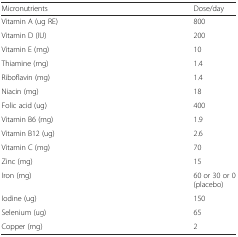
<table><thead><tr><td><b>Micronutrients</b></td><td><b>Dose/day</b></td></tr></thead><tbody><tr><td>Vitamin A (ug RE)</td><td>800</td></tr><tr><td>Vitamin D (IU)</td><td>200</td></tr><tr><td>Vitamin E (mg)</td><td>10</td></tr><tr><td>Thiamine (mg)</td><td>1.4</td></tr><tr><td>Riboflavin (mg)</td><td>1.4</td></tr><tr><td>Niacin (mg)</td><td>18</td></tr><tr><td>Folic acid (ug)</td><td>400</td></tr><tr><td>Vitamin B6 (mg)</td><td>1.9</td></tr><tr><td>Vitamin B12 (ug)</td><td>2.6</td></tr><tr><td>Vitamin C (mg)</td><td>70</td></tr><tr><td>Zinc (mg)</td><td>15</td></tr><tr><td>Iron (mg)</td><td>60 or 30 or 0 (placebo)</td></tr><tr><td>Iodine (ug)</td><td>150</td></tr><tr><td>Selenium (ug)</td><td>65</td></tr><tr><td>Copper (mg)</td><td>2</td></tr></tbody></table>